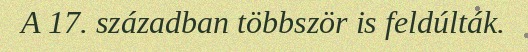
A 17. században többször is feldúlták.